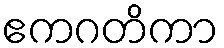
ဧကဂတိကာ